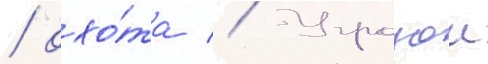
/ охо́та // Угрозои